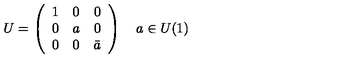
U = \left( \begin{array} { c c c } { 1 } & { 0 } & { 0 } \\ { 0 } & { a } & { 0 } \\ { 0 } & { 0 } & { \bar { a } } \\ \end{array} \right) \quad a \in U ( 1 )